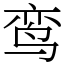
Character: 鸾